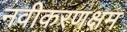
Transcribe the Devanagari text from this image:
नवीकरणक्षम